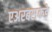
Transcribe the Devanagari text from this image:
एअरबसकडे